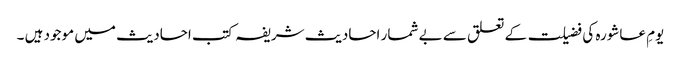
یومِ عاشورہ کی فضیلت کے تعلق سے بے شمار احادیث شریفہ کتب احادیث میں موجود ہیں ۔